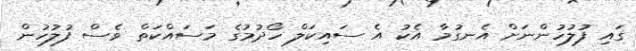
ގައި ފުލުހުންނަށް އެނގުމާ އެކު އެ ސައިކަލް ހޯދުމުގެ މަސައްކަތް ވެސް ފުލުހުން